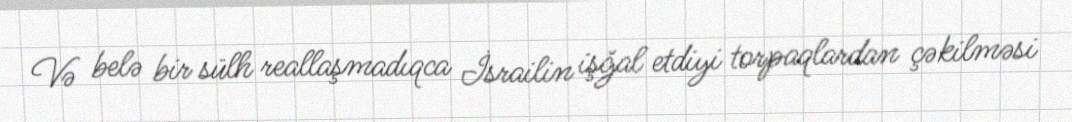
Və belə bir sülh reallaşmadıqca İsrailin işğal etdiyi torpaqlardan çəkilməsi